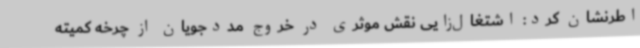
اطرنشان کرد: اشتغال‌زایی نقش موثری در خروج مددجویان از چرخه کمیته